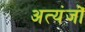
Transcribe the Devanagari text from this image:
अत्यंजों